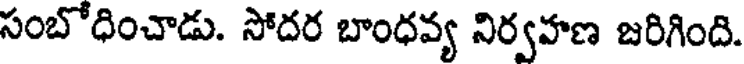
సంబోధించాడు. సోదర బాంధవ్య నిర్వహణ జరిగింది.